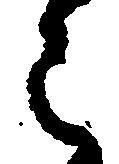
之